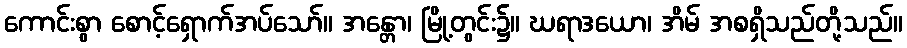
ကောင်းစွာ စောင့်ရှောက်အပ်သော်။ အန္တော၊ မြို့တွင်း၌။ ဃရာဒယော၊ အိမ် အစရှိသည်တို့သည်။